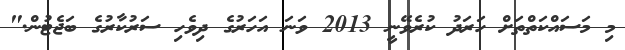
މި މަސައްކަތްތަށް ހަރަދު ކުރެވޭނީ 2013 ވަނަ އަހަރުގެ ދިވެހި ސަރުކާރުގެ ބަޖެޓުން."